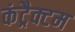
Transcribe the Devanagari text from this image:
कंट्रैक्टम